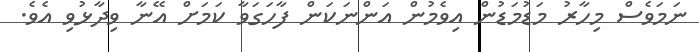
ނަމަވެސް މިހާރު މަޑުމަޑުން އިވެމުން އަންނަކަން ފާހަގަވާ ކަމަށް އޭނާ ވިދާޅުވި އެވެ.